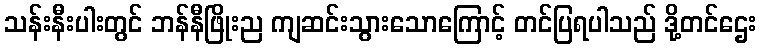
သန်းနီးပါးတွင် ဘန်နီဖြိုးည ကျဆင်းသွားသောကြောင့် တင်ပြရပါသည် ဒို့တင်ဌေး